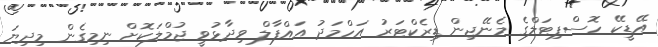
އޭޑީކޭ ހޮސްޕިޓަލްގެ މެނޭޖިން ޑިރެކްޓަރު އަހްމަދު އައްފާލް ވިދާޅުވީ ޖުމްލަކޮށް ނިމިގެން މިދިޔަ